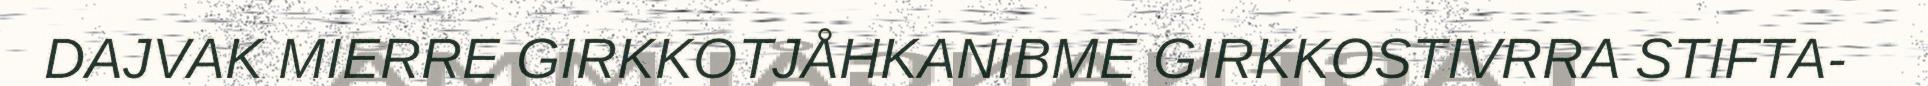
DAJVAK MIERRE GIRKKOTJÅHKANIBME GIRKKOSTIVRRA STIFTA-